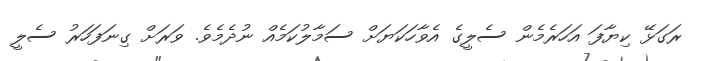
ރަގަޅޭ ކިޔާފަ އަހަރެމެން ސެލީގެ އެވާހަކަޔަށް ސަމާލުކަމެއް ނުދެމެވެ. ވަރަށް ގިނަފަހަރު ސެލީ